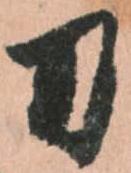
刀